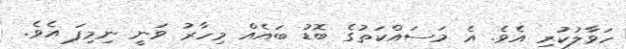
ހަވާލުކުރި އެވެ. އެ މަސައްކަތުގެ ބޮޑު ބައެއް މިހާރު ވަނީ ނިމިފަ އެވެ.